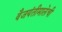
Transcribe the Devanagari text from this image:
वैजयंतीमालेची